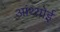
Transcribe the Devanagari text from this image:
आंथ्‍योई